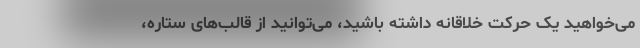
می‌خواهید یک حرکت خلاقانه داشته باشید، می‌توانید از قالب‌های ستاره،